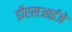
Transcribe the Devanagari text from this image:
डीएसआईजे